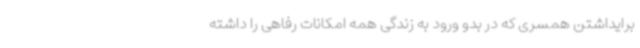
برایداشتن همسری که در بدو ورود به زندگی همه امکانات رفاهی را داشته